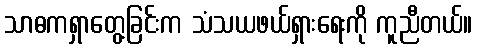
သာဓကရှာတွေ့ခြင်းက သံသယဖယ်ရှားရေးကို ကူညီတယ်။